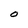
Character: O